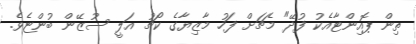
ތިން ޕޮއިންޓާއެކު ފުދޭ" މެޗަށް ފަހު މާޒިޔާގެ ކޯޗު އަލީ ސުޒޭން ބުންޏެވެ.